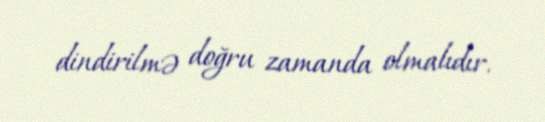
dindirilmə doğru zamanda olmalıdır.